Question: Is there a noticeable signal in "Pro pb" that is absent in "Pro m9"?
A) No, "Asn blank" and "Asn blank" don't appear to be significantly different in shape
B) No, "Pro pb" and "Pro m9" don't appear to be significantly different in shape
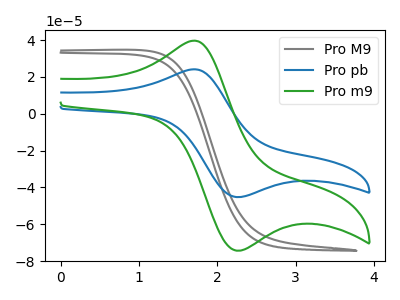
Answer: <think>The gray curve "Pro M9" has no peaks. The blue curve "Pro pb" has an anodic peak at (1.70V, 24.15uA) and a cathodic peak at (2.30V, -45.20uA). The green curve "Pro m9" has an anodic peak at (1.70V, 39.70uA) and a cathodic peak at (2.30V, -74.30uA).
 All the peaks in "Pro pb" have a peak in "Pro m9" at the same potential. Every peak in "Pro pb" is lower than every peak in "Pro m9".</think>
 <answer>B) No, "Pro pb" and "Pro m9" don't appear to be significantly different in shape</answer>
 <eval>B</eval>